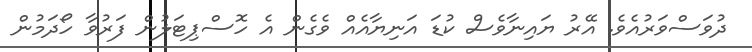
ދުވަސްވަރުއެވެ. އޭރު ޔައިނާވެސް ކުޑަ އަނިޔާއެއް ވެގެން އެ ހޮސްޕިޓަލުން ފަރުވާ ހޯދަމުން